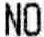
NO